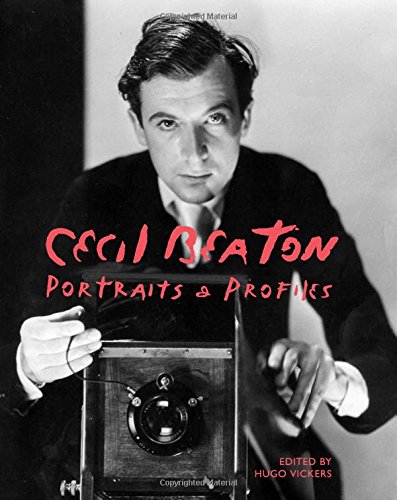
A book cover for Cecil Beaton - Portraits and Profiles; Cecil Beaton; Arts & Photography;